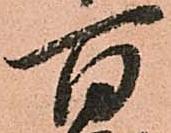
百